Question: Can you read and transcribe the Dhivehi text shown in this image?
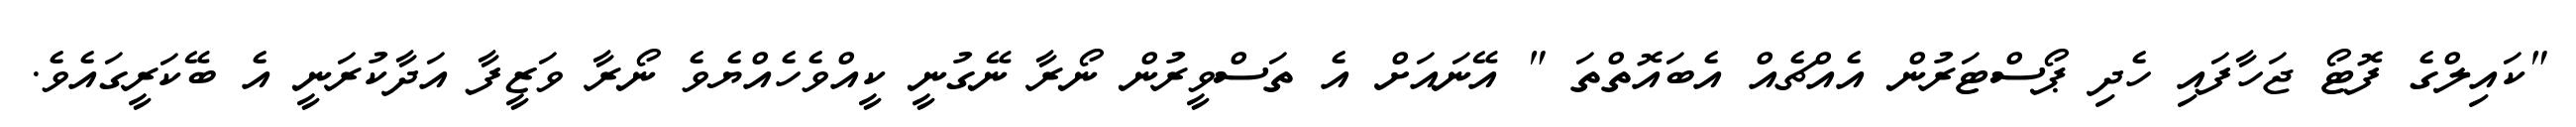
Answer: "ކައިލްގެ ފޮޓޯ ޖަހާފައި ހެދި ޕޯސްޓަރުން އެއްޗެއް އެބައޮތްތަ " އޭނައަށް އެ ތަސްވީރުން ނޯރާ ނޭގުނީ ކީއްވެހެއްޔެވެ ނޯރާ ވަޒީފާ އަދާކުރަނީ އެ ބޭކަރީގައެވެ.